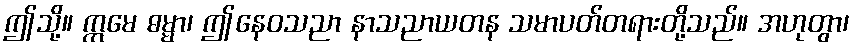
ဤသို့။ ဣမေ ဓမ္မာ၊ ဤနေဝသညာ နာသညာယတန သမာပတ်တရားတို့သည်။ အဟုတွာ၊